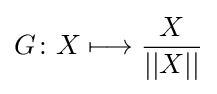
G\colon X\longmapsto {\frac {X}{||X||}}